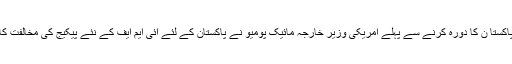
دو ہفتے قبل پاکستا ن کا دورہ کرنے سے پہلے امریکی وزیر خارجہ مائیک پومیو نے پاکستان کے لئے آئی ایم ایف کے نئے پیکیج کی مخالفت کا عندیہ دیاتھا۔